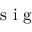
\mathrm { ~ s ~ i ~ g ~ }